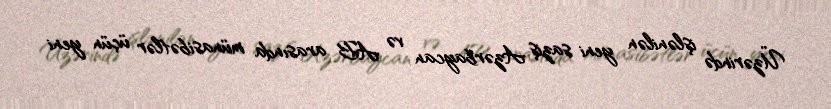
Üzərində işlənilən yeni saziş Azərbaycan və AB arasında münasibətlər üçün yeni